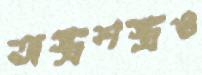
অস্ত্রশস্ত্রও